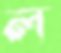
ল